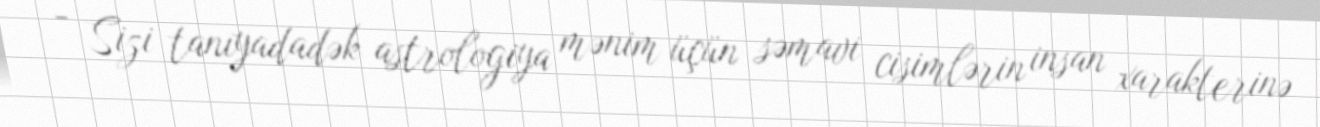
- Sizi tanıyadadək astrologiya mənim üçün səmavi cisimlərin insan xarakterinə